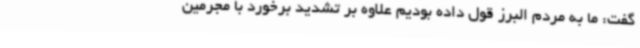
گفت: ما به مردم البرز قول داده بودیم علاوه بر تشدید برخورد با مجرمین